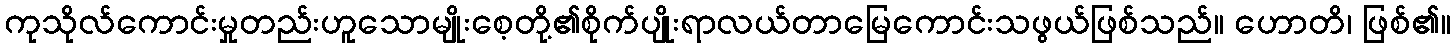
ကုသိုလ်ကောင်းမှုတည်းဟူသောမျိုးစေ့တို့၏စိုက်ပျိုးရာလယ်တာမြေကောင်းသဖွယ်ဖြစ်သည်။ ဟောတိ၊ ဖြစ်၏။